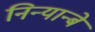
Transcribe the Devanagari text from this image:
निन्यान्बे